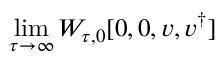
\operatorname * { l i m } _ { \tau \rightarrow \infty } W _ { \tau , 0 } [ 0 , 0 , { v } , { v } ^ { \dagger } ]